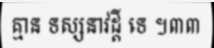
គ្មាន ទស្សនាវដ្តី ទេ ។៣៣